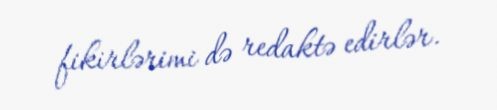
fikirlərimi də redaktə edirlər.